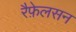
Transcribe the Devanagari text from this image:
रैफ़ेलसन